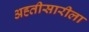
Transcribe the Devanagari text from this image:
अह्तीसारीला